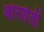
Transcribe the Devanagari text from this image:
बोरशेती